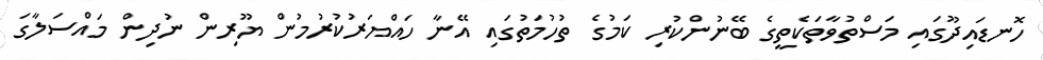
ހޮނޑައިދޫގައި މަސްތުވާތަކެތީގެ ބޭނުންކުރި ކަމުގެ ތުހުމަތުގައި އޭނާ ހައްޔަރުކުރުމުން ޔޫރިން ނުދިން މައްސަލާގަ